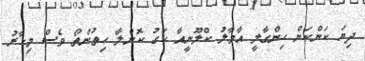
ދިޔަ ކަންކަން ހިންގާލީ އާމާލު ކްލޫނީއާ ހަގު ކޮށްލާ ހިތުންތޯ ވެސް މިހާރު